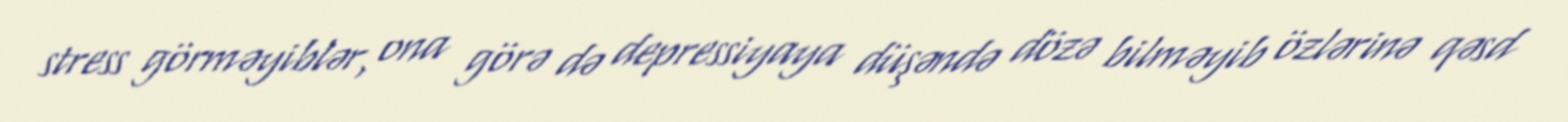
stress görməyiblər, ona görə də depressiyaya düşəndə dözə bilməyib özlərinə qəsd